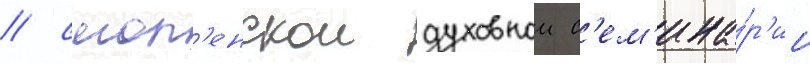
/ смол'енскои духовнои с'ем'ина́р'ии